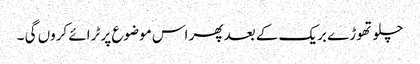
چلو تھوڑے بریک کے بعد پھر اس موضوع پر ٹرائے کروں گی ۔